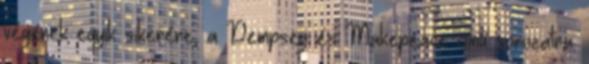
végének egyik sikerére, a Dempsey és Makepeace című sorozatra.